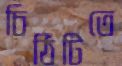
চিঠিটিতে